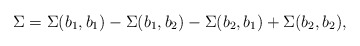
\begin{align*}\Sigma=\Sigma(b_1,b_1)-\Sigma(b_1,b_2)-\Sigma(b_2,b_1)+\Sigma(b_2,b_2),\end{align*}